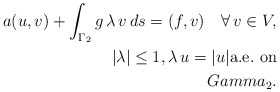
\begin{align*}a(u,v) + \int_{\Gamma_2} g\, \lambda\, v\, ds = (f,v)\quad\forall\,v\in V,\\|\lambda|\leq 1, \lambda\, u =|u| {\rm a.e.\ on}\\Gamma_2.\end{align*}